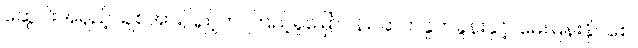
ဆွေဝါးအရှည့်၊ ချစ်အားပြည့်က၊ ကြည့်ရှုမြှော်ငန်း၊ ဆက်နှုတ်ခွန်းနှင့်၊ မေးမြန်းနိုင်စေ၊